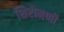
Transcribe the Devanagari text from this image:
शिरोमणी